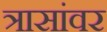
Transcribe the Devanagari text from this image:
त्रासांवर